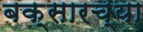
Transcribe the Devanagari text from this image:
बक्सारच्या